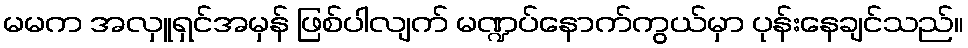
မမက အလှူရှင်အမှန် ဖြစ်ပါလျက် မဏ္ဍပ်နောက်ကွယ်မှာ ပုန်းနေချင်သည်။